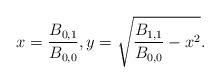
LaTeX: \begin{align*}x=\frac{B_{0,1}}{B_{0,0}},y=\sqrt{\frac{B_{1,1}}{B_{0,0}}-x^2}.\end{align*}